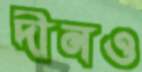
দীনও